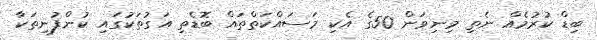
ބިޑް ކުރުމެއް ނެތި މިނިވަން 50ގެ އެކި މަސައްކަތްތައް ބޮޑެތި އަގުތަކުގައި ކުންފުނިތަކާ